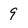
Character: 9